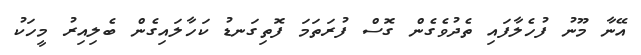
އޭނާ މޫނު ފުހެލާފައި ތެދުވެގެން ގޮސް ފުރަތަމަ ފޮތިގަނޑު ކަހާލައިގެން ބެލިއިރު މީހަކު